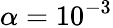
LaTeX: \alpha=10^{-3}